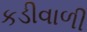
કડીવાળી